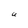
Character: U